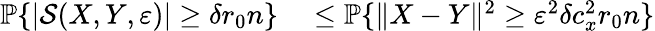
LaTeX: \begin{array}{rl}{\mathbb{P}\{ |\mathcal{S}(X,Y,\varepsilon)|\ge\delta r_{0}n\} }&{{}\le\mathbb{P}\{ \| X-Y\| ^{2}\ge\varepsilon^{2}\delta c_{x}^{2}r_{0}n\} }\end{array}